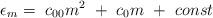
LaTeX: \begin{align*}{\epsilon}_m = \ c_{00} m^2 \ + \ c_{0} m \ + \ const\end{align*}